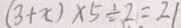
( 3 + x ) \times 5 \div 2 = 2 1